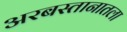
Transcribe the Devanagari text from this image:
अरबस्तानातला